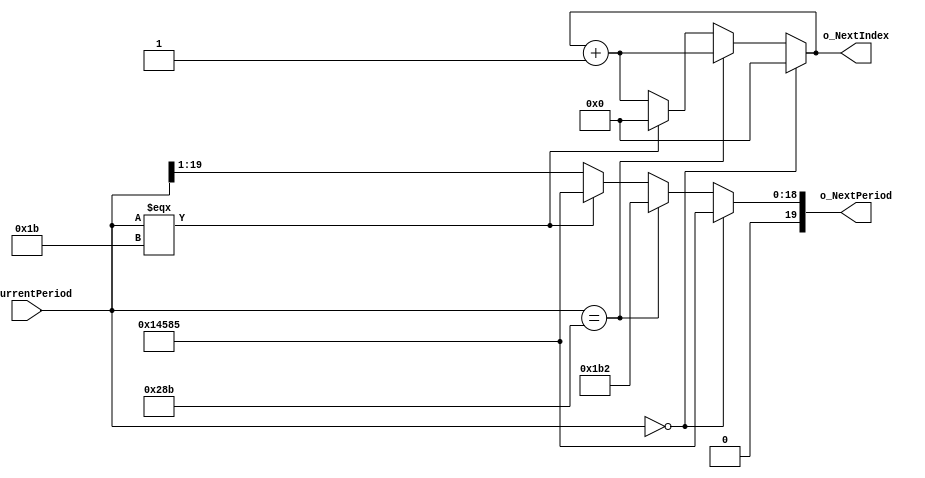
module Next_Baud_Rate #(
  parameter CLOCK_SPEED=25000000
  ) (
  input [19:0] i_CurrentPeriod,
  output [19:0] o_NextPeriod,
  output [4:0] o_NextIndex
  );
// Will cycle through 13 speeds:
// 300Hz, 600Hz, 1200Hz, 2400Hz, 4800Hz, 9600Hz, 19200Hz, 38400Hz,
// 57600Hz, 115200Hz, 230400Hz, 460800Hz, 921600Hz
// Thoughts on auto-detecting baud rate:
// From the initial down up:
// ___  t  ___
//    |____|
//
// We learn the following constraints on the period P:
// Fastest BAUD rate (smallest P), t = P * 9;
// Slowest BAUD rate (largest P), t = P;
// t / 9 <= P <= t
// t / 16 <= t / 9 <= P <= t
// t / 2^4 <= P <= t
// (t >> 4) <= P <= t
//
// Actually, we learn this for EVERY down up. So in fact if we store
// t_max, t_min
// Then we know
// P >= t_max >> 4
// P <= t_min
//
// We also have a constraint from the high signal.
// P >= th_min

  parameter [19:0] TICKS_PER_300_HZ = CLOCK_SPEED / 300;
  parameter [19:0] TICKS_PER_38400_HZ = CLOCK_SPEED / 38400;
  parameter [19:0] TICKS_PER_57600_HZ = CLOCK_SPEED / 57600;
  parameter [19:0] TICKS_PER_921600_HZ = CLOCK_SPEED / 921600;
  
  reg [19:0] r_Next;
  reg [4:0] r_Index = 5'b0;
  always @ ( * ) begin
    // Edge case
    if (i_CurrentPeriod == 0) begin
      r_Next <= TICKS_PER_300_HZ;
      r_Index <= 0;
    end
    // Normal cases
    else if (i_CurrentPeriod == TICKS_PER_38400_HZ) begin
      r_Next <= TICKS_PER_57600_HZ;
      r_Index <= r_Index + 1;
    end
    else if (i_CurrentPeriod === TICKS_PER_921600_HZ) begin
      r_Next <= TICKS_PER_300_HZ;
      r_Index <= 0;
    end
    else begin
      r_Next <= i_CurrentPeriod >> 1;
      r_Index <= r_Index + 1;
    end
  end
  
  assign o_NextPeriod = r_Next;
  assign o_NextIndex = r_Index;
  
endmodule